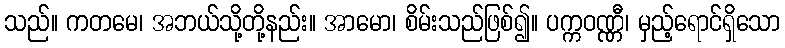
သည်။ ကတမေ၊ အဘယ်သို့တို့နည်း။ အာမော၊ စိမ်းသည်ဖြစ်၍။ ပက္ကဝဏ္ဏီ၊ မှည့်ရောင်ရှိသော